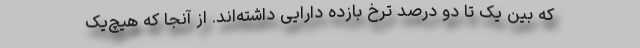
که بین یک تا دو درصد ترخ بازده دارایی داشته‌اند. از آنجا که هیچ‌یک